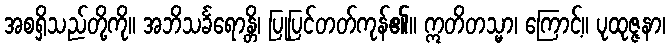
အစရှိသည်တို့ကို။ အဘိသင်္ခရောန္တိ၊ ပြုပြင်တတ်ကုန်၏။ ဣတိတသ္မာ၊ ကြောင့်။ ပုထုဇ္ဇနာ၊